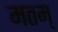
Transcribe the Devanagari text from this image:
मतम्